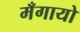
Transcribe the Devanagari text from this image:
मँगायो